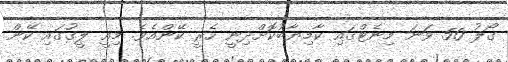
ގޯލު 50 ވަނަ މިނެޓްގައި ކާމިޔާބުކޮށްދިނީ ހެރީ ކޭންއެވެ. މިއީ ލީގުގައި ކޭން